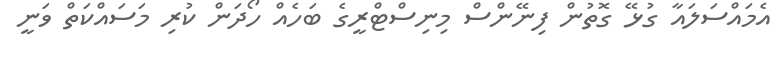
އެމައްސަލައާ ގުޅޭ ގޮތުން ފިނޭންސް މިނިސްޓްރީގެ ބަހެއް ހޯދަން ކުރި މަސައްކަތް ވަނީ